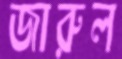
জারুল